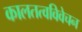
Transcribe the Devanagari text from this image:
कालतत्वविवेचन